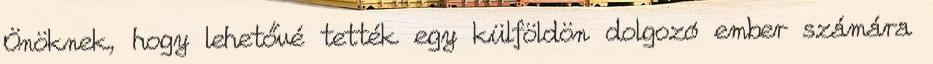
Önöknek, hogy lehetővé tették egy külföldön dolgozó ember számára